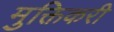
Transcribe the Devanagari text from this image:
मुक्तिकरी